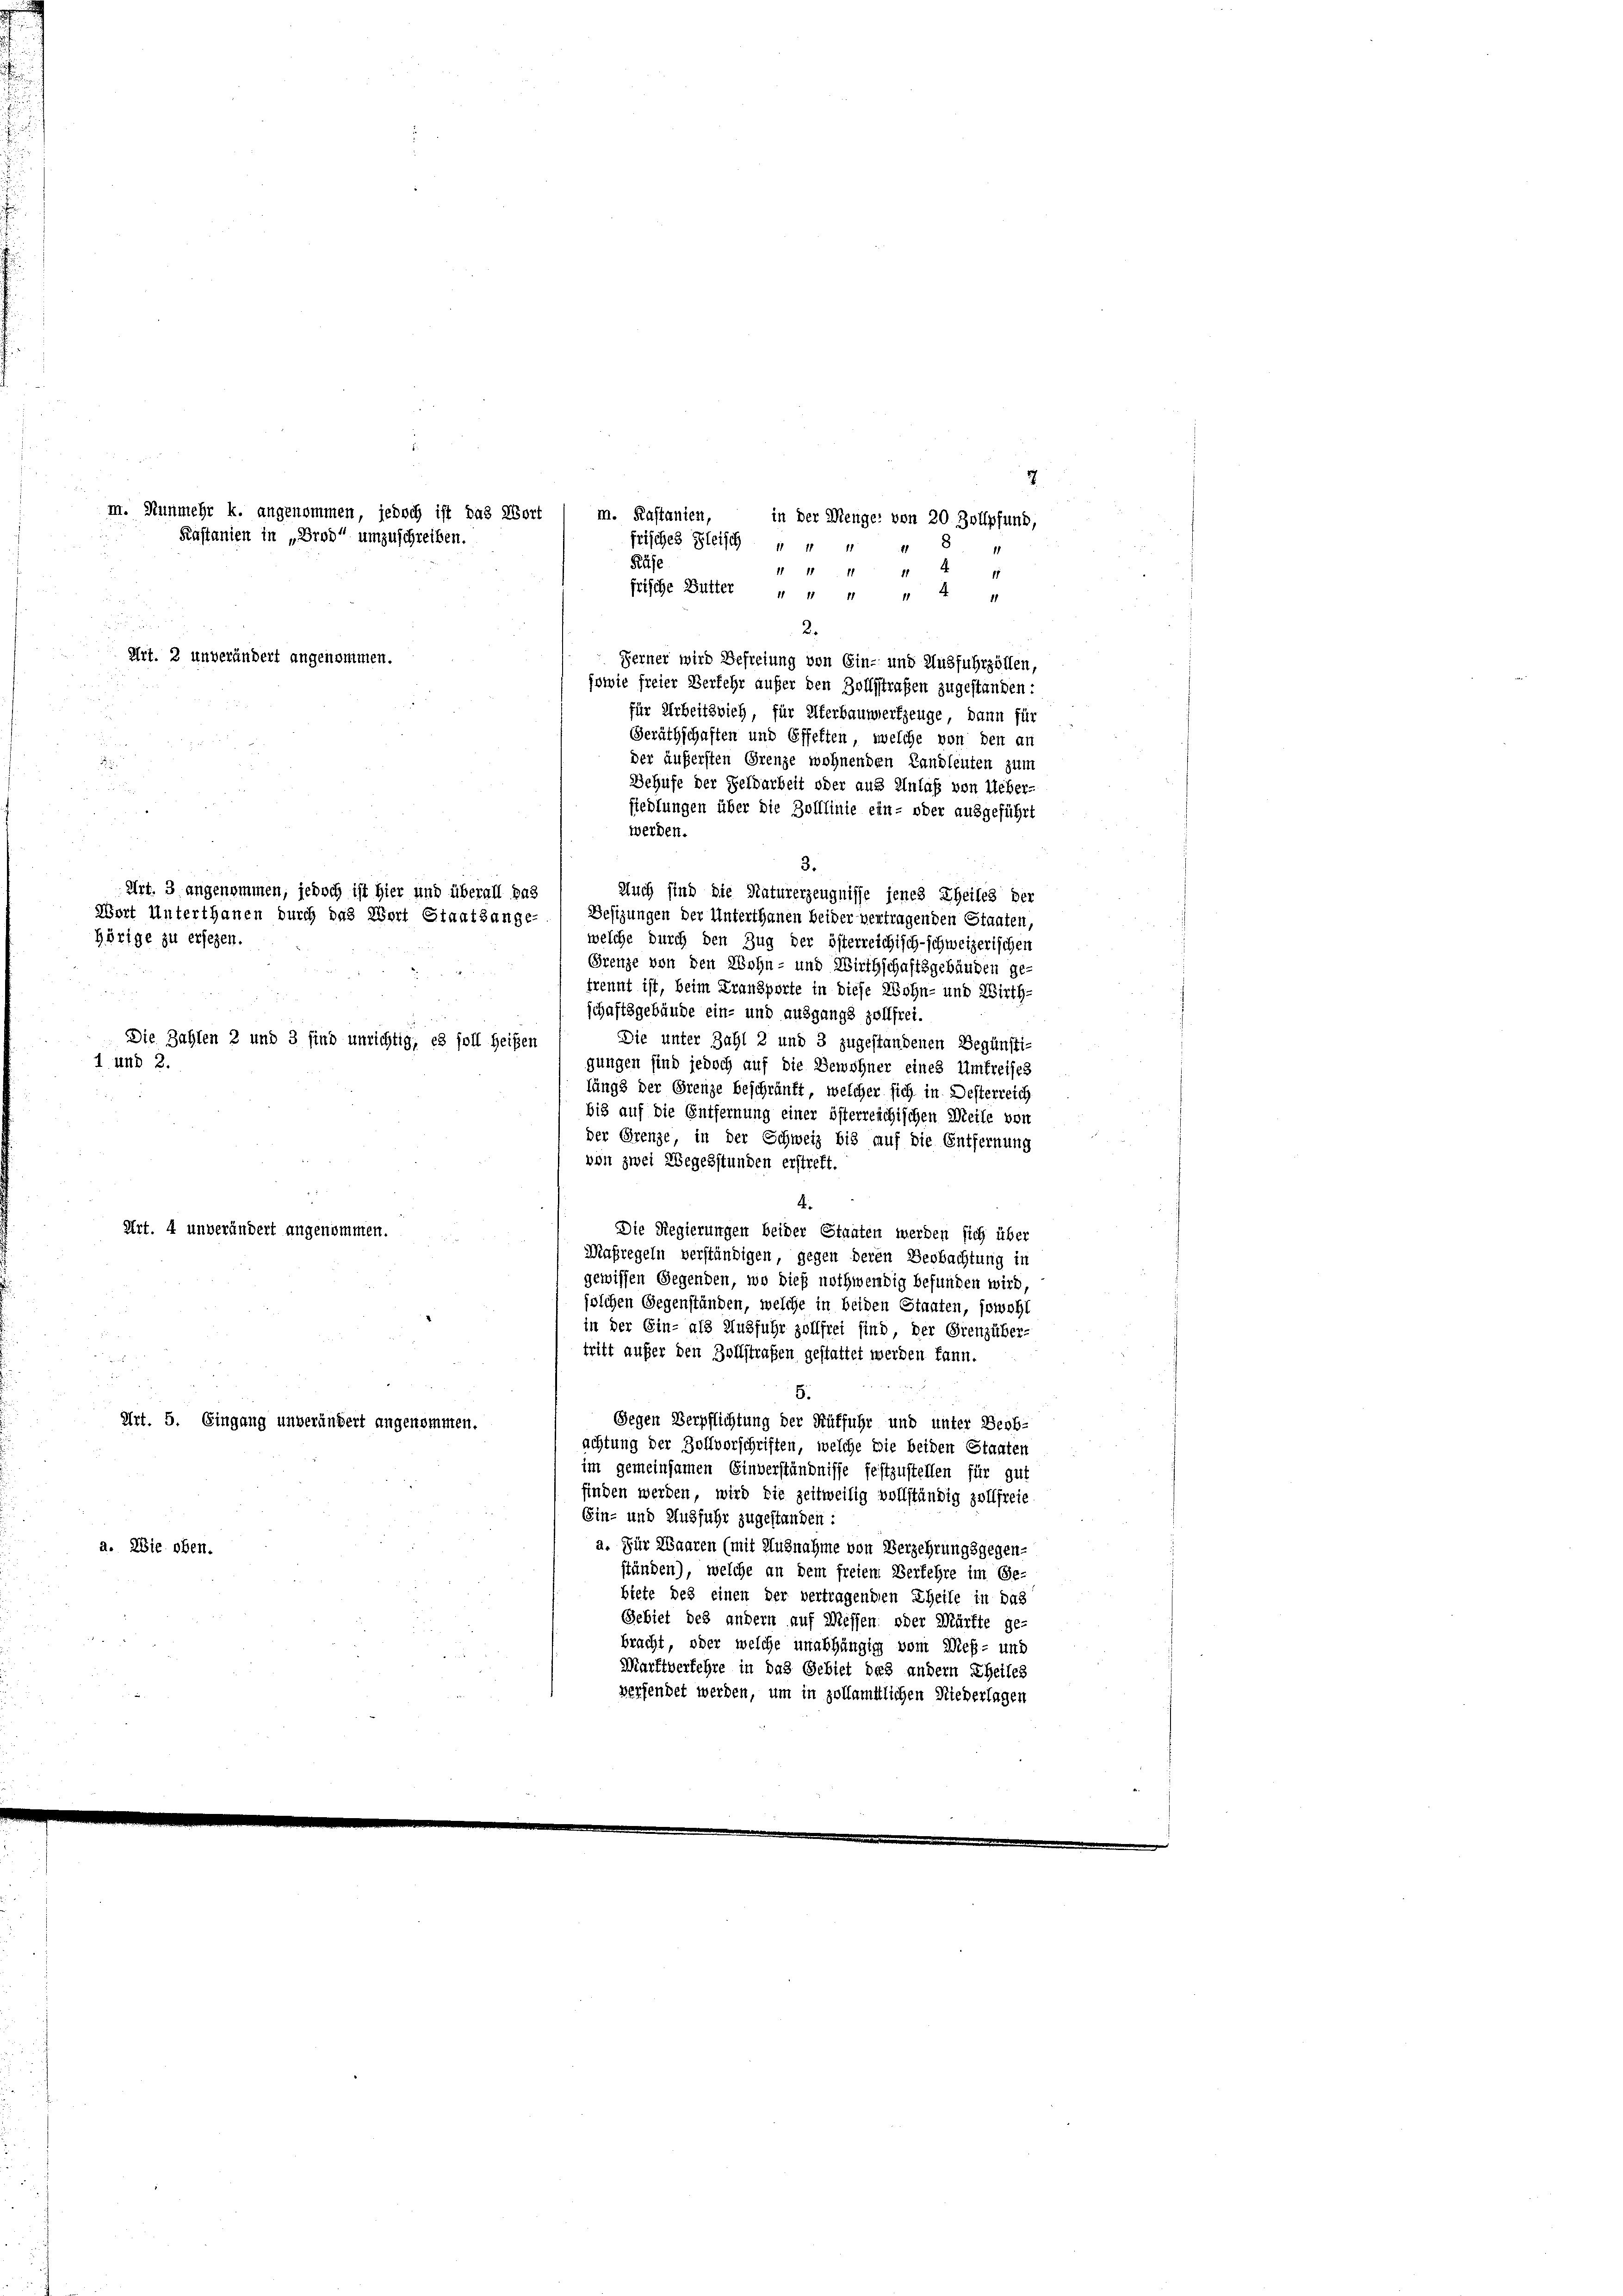
m. Kastanien, in der Menge: von 20. Zollpfung,
frisches Fleisch um
Rüse
1
11 11 f
17
frische Butter „ „ „ „ 4 "
2.
Art. 2 unverändert angenommen.
Ferner wird Befreiung von Ein- und Ausfuhrzöllen,
sowie freier Verkehr aufer den Zollstraßen zugestanden:
für Arbeitsvieh, für Elterbaunerfzeuge, dann für
Geräthschaften und Effekten, welche von den an
der äußersten Grenze wohnenden Landleuten zum
.
Behufe der Feldarbeit oder aus Anlaß von Ueber-
fiedlungen über die Zolllinie ein- oder ausgeführt
werden.
3.
Auch sind die Naturerzeugnisse jenes Theiles der
Besizungen der Unterthanen beider vertragenden Staaten,
welche durch den Zug der österreichisch-schweizerischen
Grenze von den Wohn- und Wirthschaftsgebäuden ge-
trennt ist, beim Transporte in diese Wohn- und Wirth-
u
schaftsgebäude ein- und ausgangs zollfrei.
Die Zahlen 2 und 3 find unrichtig, es soll heißen
Die unter Zahl 2 und 3 zugestandenen Begünsti-
1 und 2.
gungen sind jedoch auf die Bewohner eines Umfreises
längs der Grenze beschränkt, welcher sich in Desterreich
bis auf die Entfernung einer österreichischen Meile von
der Grenze, in der Schweiz bis auf die Entfernung
von zwei Wegesstunden erstreft.
4.
Art. 4 unverändert angenommen.
Die Regierungen beider Staaten werden sich über
Maßregeln verständigen, gegen deren Beobachtung in
gewissen Gegenden, wo dieß nothwendig befunden wird
jolchen Gegenständen, welche in beiden Staaten, sowohl
in der Ein- als Ausfuhr zollfrei sind, der Grenzüber-
tritt aufer den Zollstrafen gestattet werden kann.

5.
Art. 5. Eingang unverändert angenommen.
Gegen Verpflichtung der Rütfuhr und unter Beob-
achtung der Zollvorschriften, welche wie beiden Staaten
im gemeinsamen Einverständnisse festzustellen für gut
finden werden, wird sie zeitweilig vollständig zollfreie
Ein- und Ausführ zugestanden:
a. Für Waaren (mit Ausnahme von Verzehrungsgegen-
a. Wie oben.
ständen), welche an dem freiem Verfehre im Ge-
biete des einen der vertragenden Theile in das
Gebiet des andern auf Messen, oder Mürfte ge-
bracht, oder welche unabhängig vom Meß- und
Marftverkehre in das Gebiet des andern Theiles
verfendet werden, um in zollamtlichen Niederlagen

m. Nunmehr k. angenommen, jedoch ist das Wort
Kastanien in „Drod“ umzuschreiben.

Art. 3 angenommen, jedoch ist hier und überall das
Wort Unterthanen durch das Wort Staatsange-
Hörige zu ersehen.